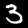
Label: 3